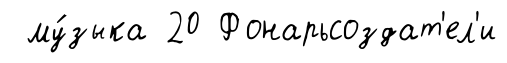
му́зыка 20 Фонарьсоздат'ел'и